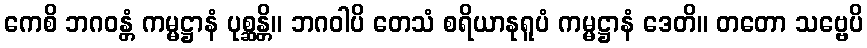
ကေစိ ဘဂဝန္တံ ကမ္မဋ္ဌာနံ ပုစ္ဆန္တိ။ ဘဂဝါပိ တေသံ စရိယာနုရူပံ ကမ္မဋ္ဌာနံ ဒေတိ။ တတော သဗ္ဗေပိ